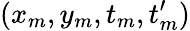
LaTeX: (x_{m},y_{m},t_{m},t_{m}^{\prime})